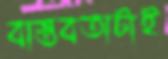
বাস্তবতাটাই